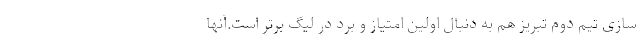
سازی تیم دوم تبریز هم به دنبال اولین امتیاز و برد در لیگ برتر است.آنها